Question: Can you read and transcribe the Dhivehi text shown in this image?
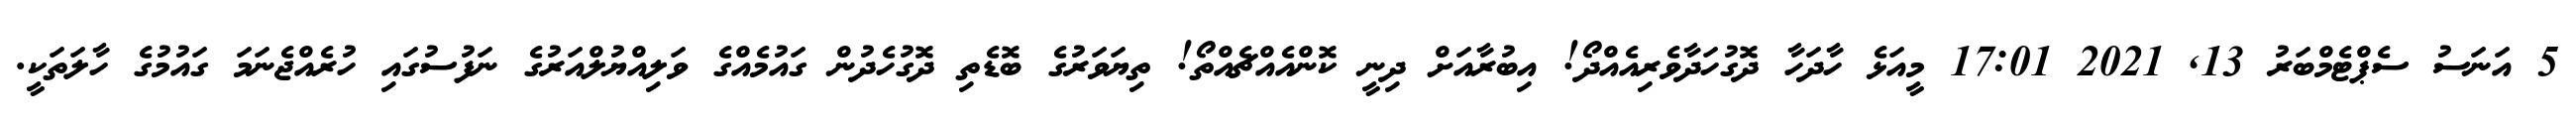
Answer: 5 އަނަސު ސެޕްޓެމްބަރު 13, 2021 17:01 މީއަޅެ ހާދަހާ ދޮގުހަދާވެރިއެއްދޯ! އިބުރާއަށް ދިނީ ކޮންއެއްޗެއްތޯ! ތިޔަވަރުގެ ބޮޑެތި ދޮގުހެދުން ގައުމެއްގެ ވަލިއްޔުލްއަރުގެ ނަފުސުގައި ހުރެއްޖެނަމަ ގައުމުގެ ހާލަތަކީ.